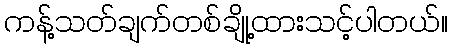
ကန့်သတ်ချက်တစ်ချို့ထားသင့်ပါတယ်။